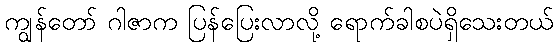
ကျွန်တော် ဂါဇာက ပြန်ပြေးလာလို့ ရောက်ခါစပဲရှိသေးတယ်